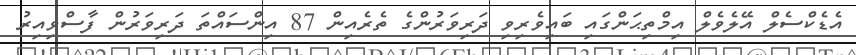
އެޑެކްސެލް އޭލެވެލް އިމްތިޙަންގައި ބައިވެރިވި ދަރިވަރުންގެ ތެރެއިން 87 އިންސައްތަ ދަރިވަރުން ފާސްވިއިރު